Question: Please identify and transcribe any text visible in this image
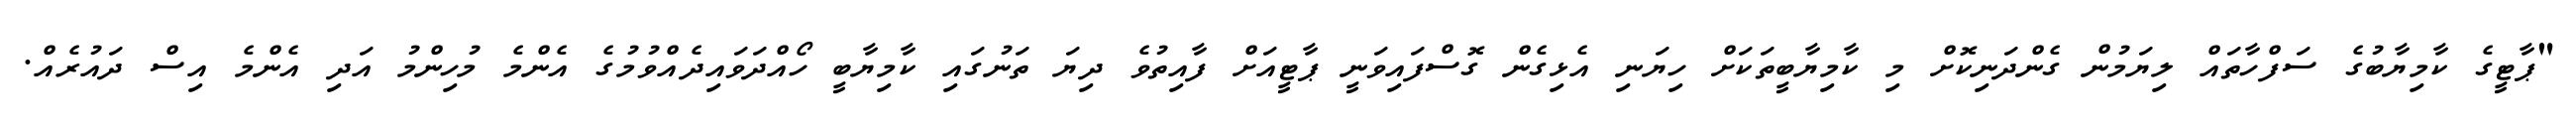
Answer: "ޕާޓީގެ ކާމިޔާބުގެ ސަފްހާތައް ލިޔަމުން ގެންދަނިކޮށް މި ކާމިޔާބީތަކަށް ހިޔަނި އެޅިގެން ގޮސްފައިވަނީ ޕާޓީއަށް ފާއިތުވެ ދިޔަ ތަނުގައި ކާމިޔާބީ ހޯއްދަވައިދެއްވުމުގެ އެންމެ މުހިންމު އަދި އެންމެ އިސް ދައުރެއް.